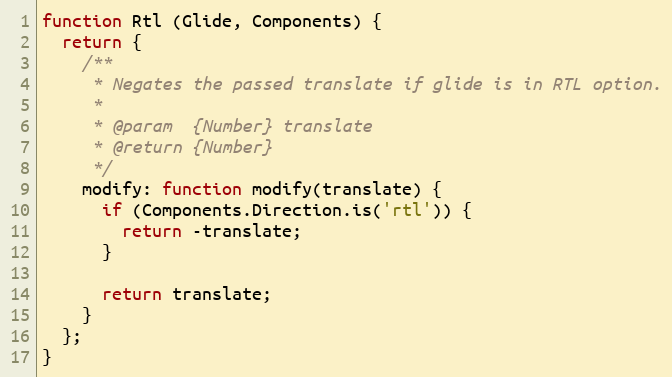
Language: JavaScript
function Rtl (Glide, Components) {
  return {
    /**
     * Negates the passed translate if glide is in RTL option.
     *
     * @param  {Number} translate
     * @return {Number}
     */
    modify: function modify(translate) {
      if (Components.Direction.is('rtl')) {
        return -translate;
      }

      return translate;
    }
  };
}